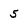
Character: 5